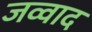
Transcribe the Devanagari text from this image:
जव्वाद